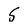
Character: 5